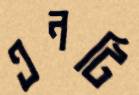
এনটি